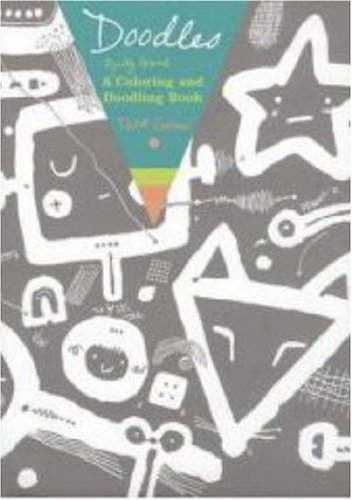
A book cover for Doodles: A Really Giant Coloring and Doodling Book; Taro Gomi; Teen & Young Adult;